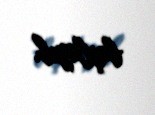
başlayıb.